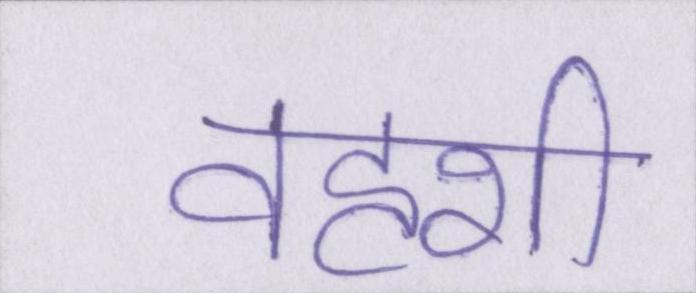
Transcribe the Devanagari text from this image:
वहशी